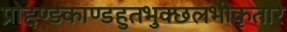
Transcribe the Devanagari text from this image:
प्रोद्दण्डकाण्डहुतभुक्छलभीकृतारे